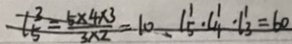
l \frac { 3 } { 5 } = \frac { 5 \times 4 \times 3 } { 3 \times 2 } = 1 0 . l \frac { 1 } { 5 } \cdot l ^ { 1 } _ { 4 } \cdot l _ { 3 } ^ { 1 } = 6 0